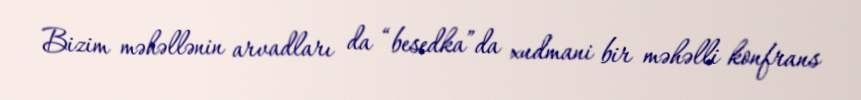
Bizim məhəllənin arvadları da “besedka”da xudmani bir məhəlli konfrans